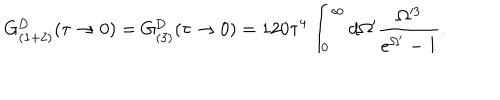
LaTeX: G _ { ( 1 + 2 ) } ^ { \mathrm { D } } ( \tau \rightarrow 0 ) = G _ { ( 3 ) } ^ { \mathrm { D } } ( \tau \rightarrow 0 ) = 1 2 0 \tau ^ { 4 } \int _ { 0 } ^ { \infty } d \Omega ^ { \prime } \frac { \Omega ^ { 3 } } { e ^ { \Omega ^ { \prime } } - 1 } .